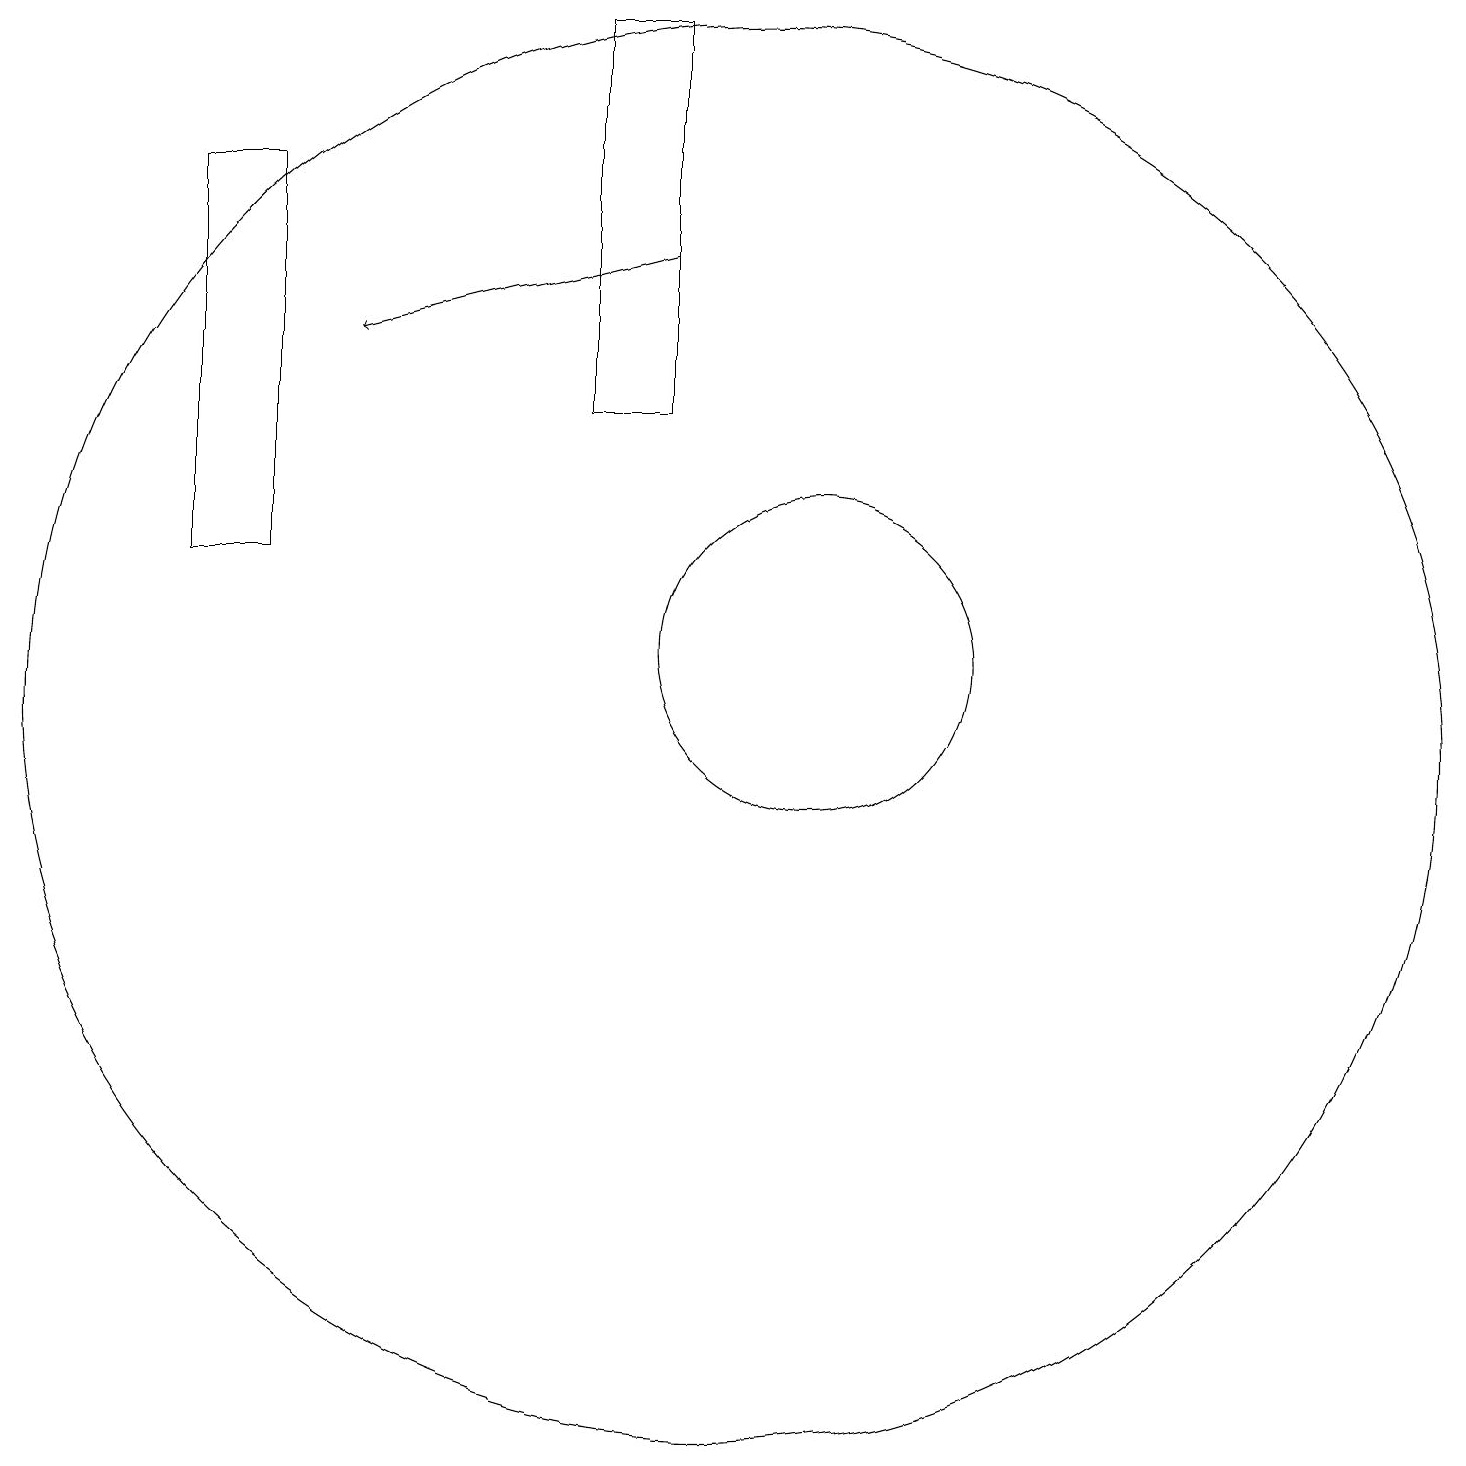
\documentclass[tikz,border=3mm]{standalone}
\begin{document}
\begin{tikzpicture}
\draw (11,11) circle (2);
\draw (10,10) circle (9);
\draw[->] (9,16) -- (5,15);
\draw (4,17) rectangle (3,12);
\draw (8,14) rectangle (9,19);
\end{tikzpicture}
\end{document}